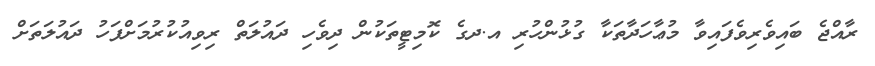
ރާއްޖެ ބައިވެރިވެފައިވާ މުޢާހަދާތަކާ ގުޅުންހުރި އ.ދގެ ކޮމިޓީތަކުން ދިވެހި ދައުލަތް ރިވިއުކުރުމަށްފަހު ދައުލަތަށް